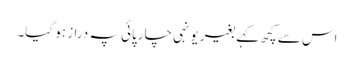
اس سے کچھ کہے بغیر یونہی چارپائی پہ دراز ہو گیا۔